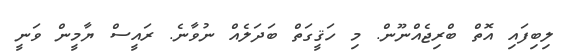
ލިބިފައި އޮތް ބްރިޖެއްނޫން. މި ހަޤީގަތް ބަދަލެއް ނުވާނެ. ރައީސް ޔާމީން ވަނީ